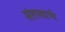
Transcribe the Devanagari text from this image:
संतपदाची